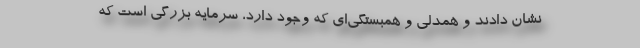
نشان دادند و همدلی و همبستگی‌ای که وجود دارد، سرمایه بزرگی است که